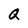
Character: Q